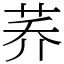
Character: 荞